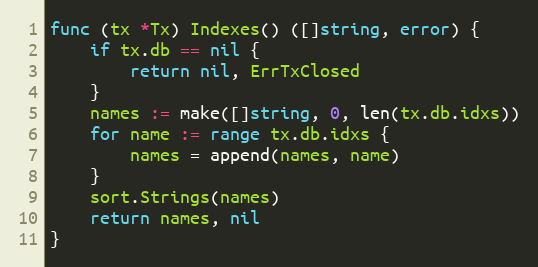
Language: Go
func (tx *Tx) Indexes() ([]string, error) {
	if tx.db == nil {
		return nil, ErrTxClosed
	}
	names := make([]string, 0, len(tx.db.idxs))
	for name := range tx.db.idxs {
		names = append(names, name)
	}
	sort.Strings(names)
	return names, nil
}